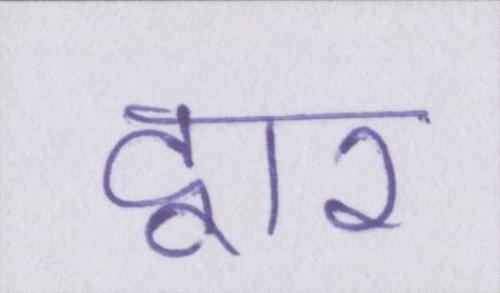
द्वार